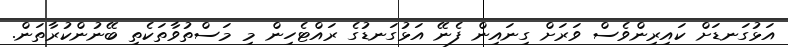
އަޅުގަނޑަށް ކައިރިންވެސް ވަރަށް ގިނައިން ފެނޭ އަޅުގަނޑުގެ ރައްޓެހިން މި މަސްތުވާތަކެތި ބޭނުންކުރާތަން.